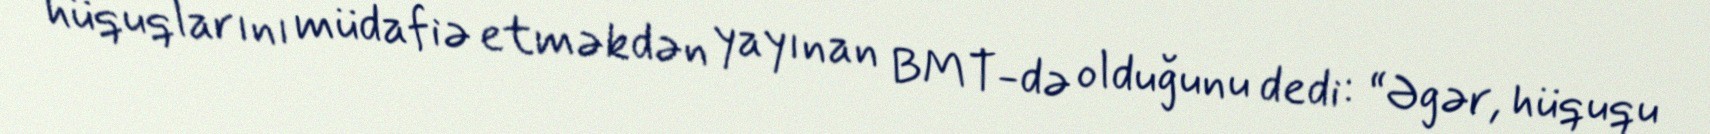
hüquqlarını müdafiə etməkdən yayınan BMT-də olduğunu dedi: “Əgər, hüququ